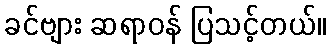
ခင်ဗျား ဆရာဝန် ပြသင့်တယ်။